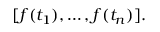
[ f ( t _ { 1 } ) , \dots , f ( t _ { n } ) ] .